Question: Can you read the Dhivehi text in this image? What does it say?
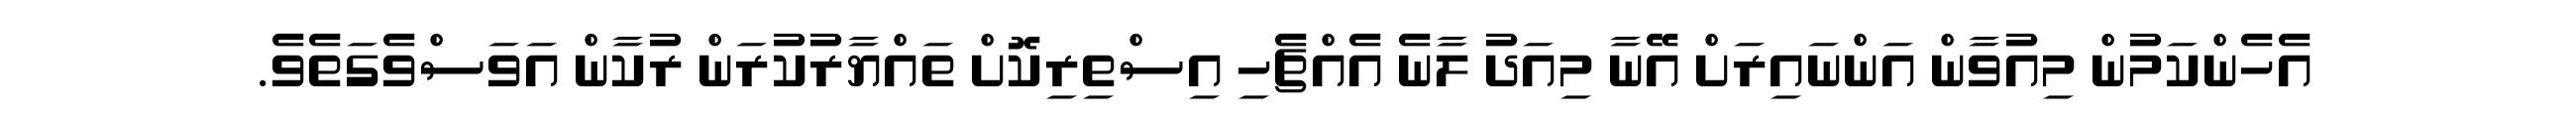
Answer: އެހެންކަމުން މިއުވާން އަންނައިރަށް އޭނާ މިއަދު ލާނެ އެއްޗެހި އިސްތިރިކޮށް ތައްޔާރުކުރަން ރުކާން އަވަސްވެގަތެވެ.